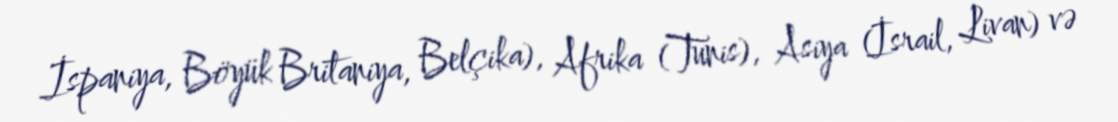
İspaniya, Böyük Britaniya, Belçika), Afrika (Tunis), Asiya (İsrail, Livan) və